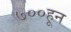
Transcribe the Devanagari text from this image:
७००हून